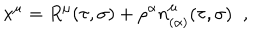
LaTeX: x ^ { \mu } = R ^ { \mu } ( \tau , \sigma ) + \rho ^ { \alpha } n _ { ( \alpha ) } ^ { \mu } ( \tau , \sigma ) \; \; ,